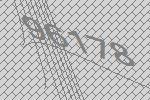
96178